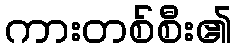
ကားတစ်စီး၏